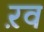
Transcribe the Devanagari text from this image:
ऱव